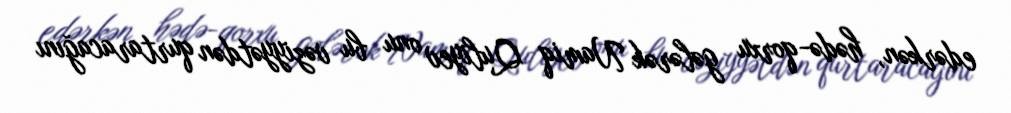
edərkən, hədə-qorxu gələrək Namiq Quliyev onu bu vəziyyətdən qurtaracağını